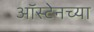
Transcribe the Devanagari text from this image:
ऑस्टेनच्या